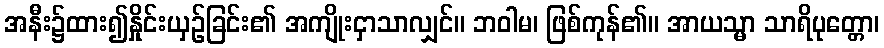
အနီး၌ထား၍နှိုင်းယှဉ်ခြင်း၏ အကျိုးငှာသာလျှင်။ ဘဝါမ၊ ဖြစ်ကုန်၏။ အာယသ္မာ သာရိပုတ္တော၊